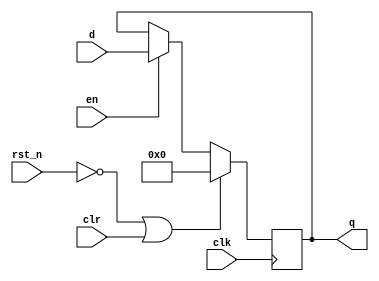
module register
    #( 
        parameter WIDTH = 16
    )
    (
        input wire                    clk,
        input wire                    rst_n,
        input wire                    en,
        input wire                    clr,
        input wire signed [WIDTH-1:0] d,
        output reg signed [WIDTH-1:0] q
    );
    
    always @(posedge clk)
    begin
        if (!rst_n || clr)
        begin
            q <= 0;
        end
        else if (en)
        begin
            q <= d;
        end
    end
    
endmodule